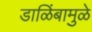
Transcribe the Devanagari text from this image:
डाळिंबामुळे